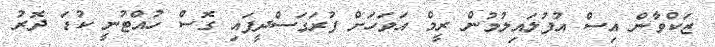
ޒަކްވާން އިސް އުފުލައިލުމުން ރީމް އަވަހަށް ފުރަގަސްދީފައި ގޮސް ހުއްޓުނީ ކުޑަ ދޮރު